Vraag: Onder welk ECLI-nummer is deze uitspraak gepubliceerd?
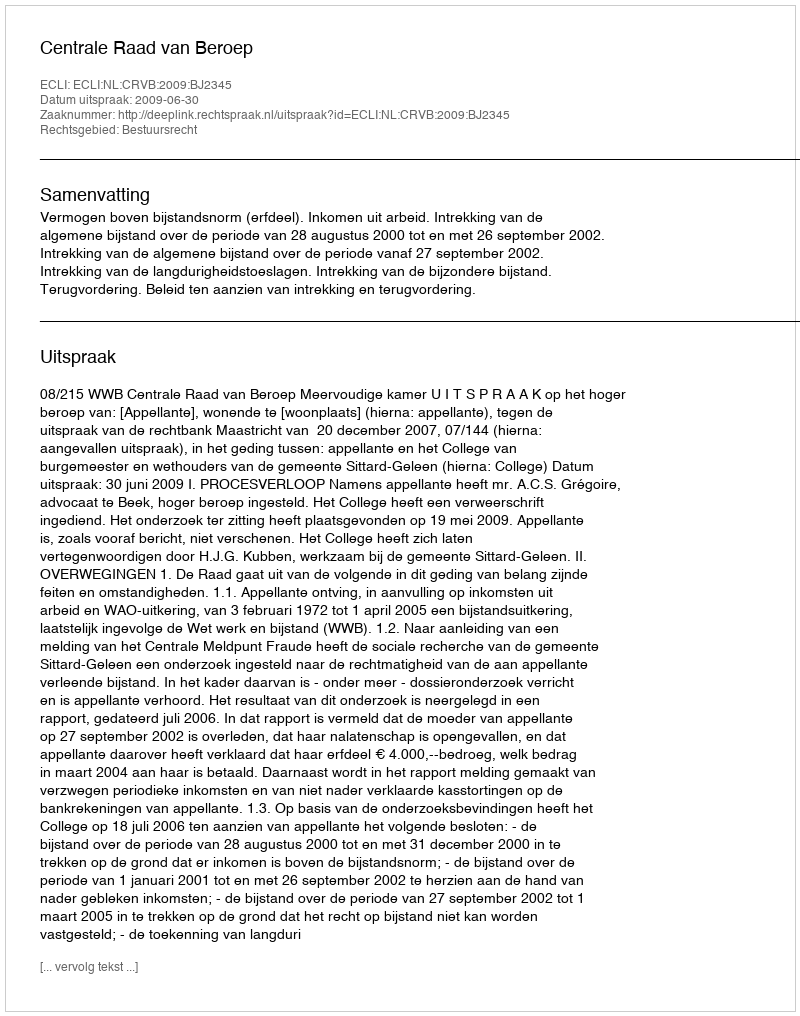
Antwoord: ECLI:NL:CRVB:2009:BJ2345